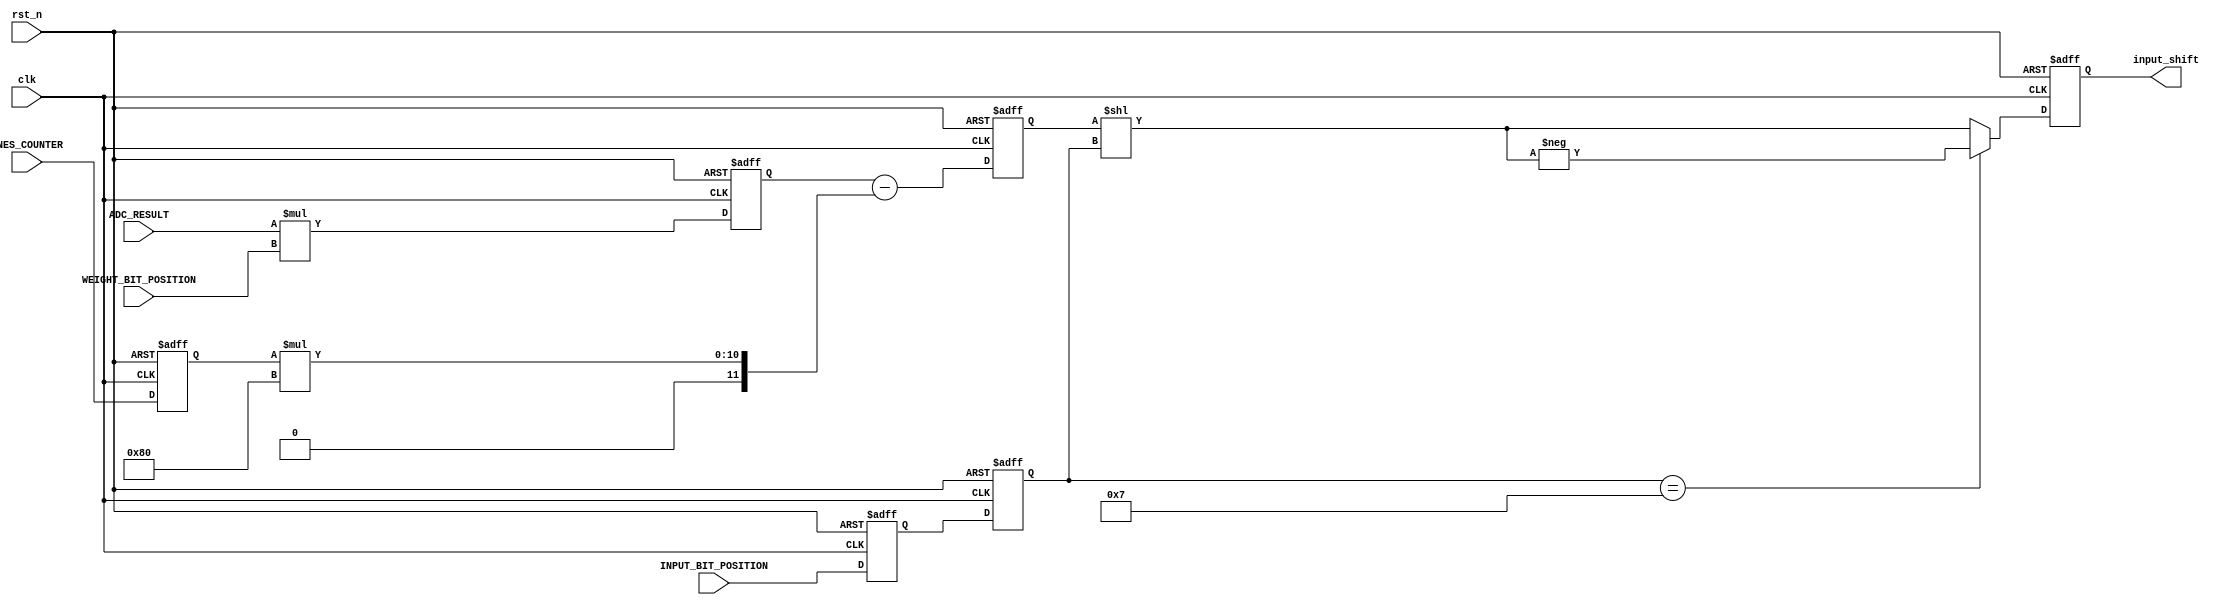
// ===============================================================
// TOP MODULE
// ===============================================================
module Calculate
#(
    parameter BIT_CELL = 1,
    parameter BIT_DAC = 1,
    parameter BIT_W=8,
    parameter OUY=8,
    parameter BIT_IFM = 8

)
(
    // input
    clk,
    rst_n,
	ADC_RESULT,
    WEIGHT_BIT_POSITION, // for weight shift
    ONES_COUNTER, // for weight subtract
    INPUT_BIT_POSITION, // for input shift

    // output
    input_shift
    
);


// ===============================================================
// Parameter & Integer Declaration
// ===============================================================
integer i;
genvar gen_idx;
localparam BIT_ONES_COUNTER = $clog2(OUY);
localparam BIT_INPUT_BIT_POSITION = $clog2(BIT_IFM);
localparam ADC_PRECISION = (BIT_CELL!=1 && BIT_DAC!=1) 
                            ? (BIT_CELL + BIT_DAC + $clog2(OUY))
                            : (BIT_CELL + BIT_DAC + $clog2(OUY)-1);
localparam BIT_INPUT_SHIFT = ADC_PRECISION + BIT_W + (BIT_IFM - 1);
// localparam signed OFFSET = 2**(BIT_W-1);
wire [BIT_W:0] OFFSET = 2**(BIT_W-1);

// ===============================================================
// wire & reg Declaration
// ===============================================================
reg signed [ADC_PRECISION + BIT_W-1 : 0] weight_shift;
reg signed [ADC_PRECISION + BIT_W-1 : 0] weight_subtract;
wire signed [BIT_INPUT_SHIFT-1 : 0] tmp_input_shift;


reg  [BIT_ONES_COUNTER - 1:0]         ones_counter_1t;
reg signed [BIT_INPUT_BIT_POSITION - 1:0]   input_bit_position_1t, input_bit_position_2t;


// ===============================================================
// Input & Output Declaration
// ===============================================================
input clk, rst_n;
input  [ADC_PRECISION-1:0]ADC_RESULT;
input  [BIT_W - 1:0] WEIGHT_BIT_POSITION; // for weight shift
input signed [BIT_ONES_COUNTER - 1:0] ONES_COUNTER; // for weight subtract
input signed [BIT_INPUT_BIT_POSITION - 1:0] INPUT_BIT_POSITION; // for input shift

output reg [BIT_INPUT_SHIFT-1:0] input_shift;


//================================================================
// DESIGN
//================================================================


// delay
always@(posedge clk or negedge rst_n)begin
    if(!rst_n)begin
        ones_counter_1t <=0;
        input_bit_position_1t <=0;
        input_bit_position_2t <=0;
    end
    else begin
        ones_counter_1t <=ONES_COUNTER;
        input_bit_position_1t <=INPUT_BIT_POSITION;
        input_bit_position_2t <=input_bit_position_1t;
    end
end


// pipeline 1, STATE_WEIGHT_SHIFT
always@(posedge clk or negedge rst_n)begin
    if(!rst_n)begin
        weight_shift <= 0;
    end
    else begin
        weight_shift <= ADC_RESULT * WEIGHT_BIT_POSITION;
    end
end

// pipeline 2, STATE_WEIGHT_SUBTRACT
wire  signed [ADC_PRECISION + BIT_W-1 : 0] multiple = ones_counter_1t * OFFSET;
always@(posedge clk or negedge rst_n)begin
    if(!rst_n)begin
        weight_subtract <= 0;
    end
    else begin
        // weight_subtract <= weight_shift - ones_counter_1t * OFFSET;
        weight_subtract <= weight_shift - multiple;
    end
end

// pipeline 3, STATE_INPUT_SHIFT
assign tmp_input_shift = weight_subtract  << input_bit_position_2t;
always@(posedge clk or negedge rst_n)begin
    if(!rst_n)begin
        input_shift <= 0;
    end
    else begin
        input_shift  <= 
            (input_bit_position_2t==(BIT_IFM-1)) 
            ? (-tmp_input_shift) 
            : tmp_input_shift;
    end
end

endmodule